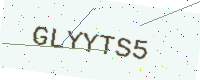
Text: GLYYTS5